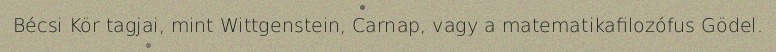
Bécsi Kör tagjai, mint Wittgenstein, Carnap, vagy a matematikafilozófus Gödel.